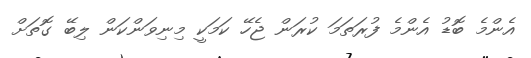
އެންމެ ބޮޑު އެންމެ ފުރަތަމަ ކުރަން ޖެހޭ ކަމަކީ މިނިވަންކަން ލިބޭ ގޮތަށް